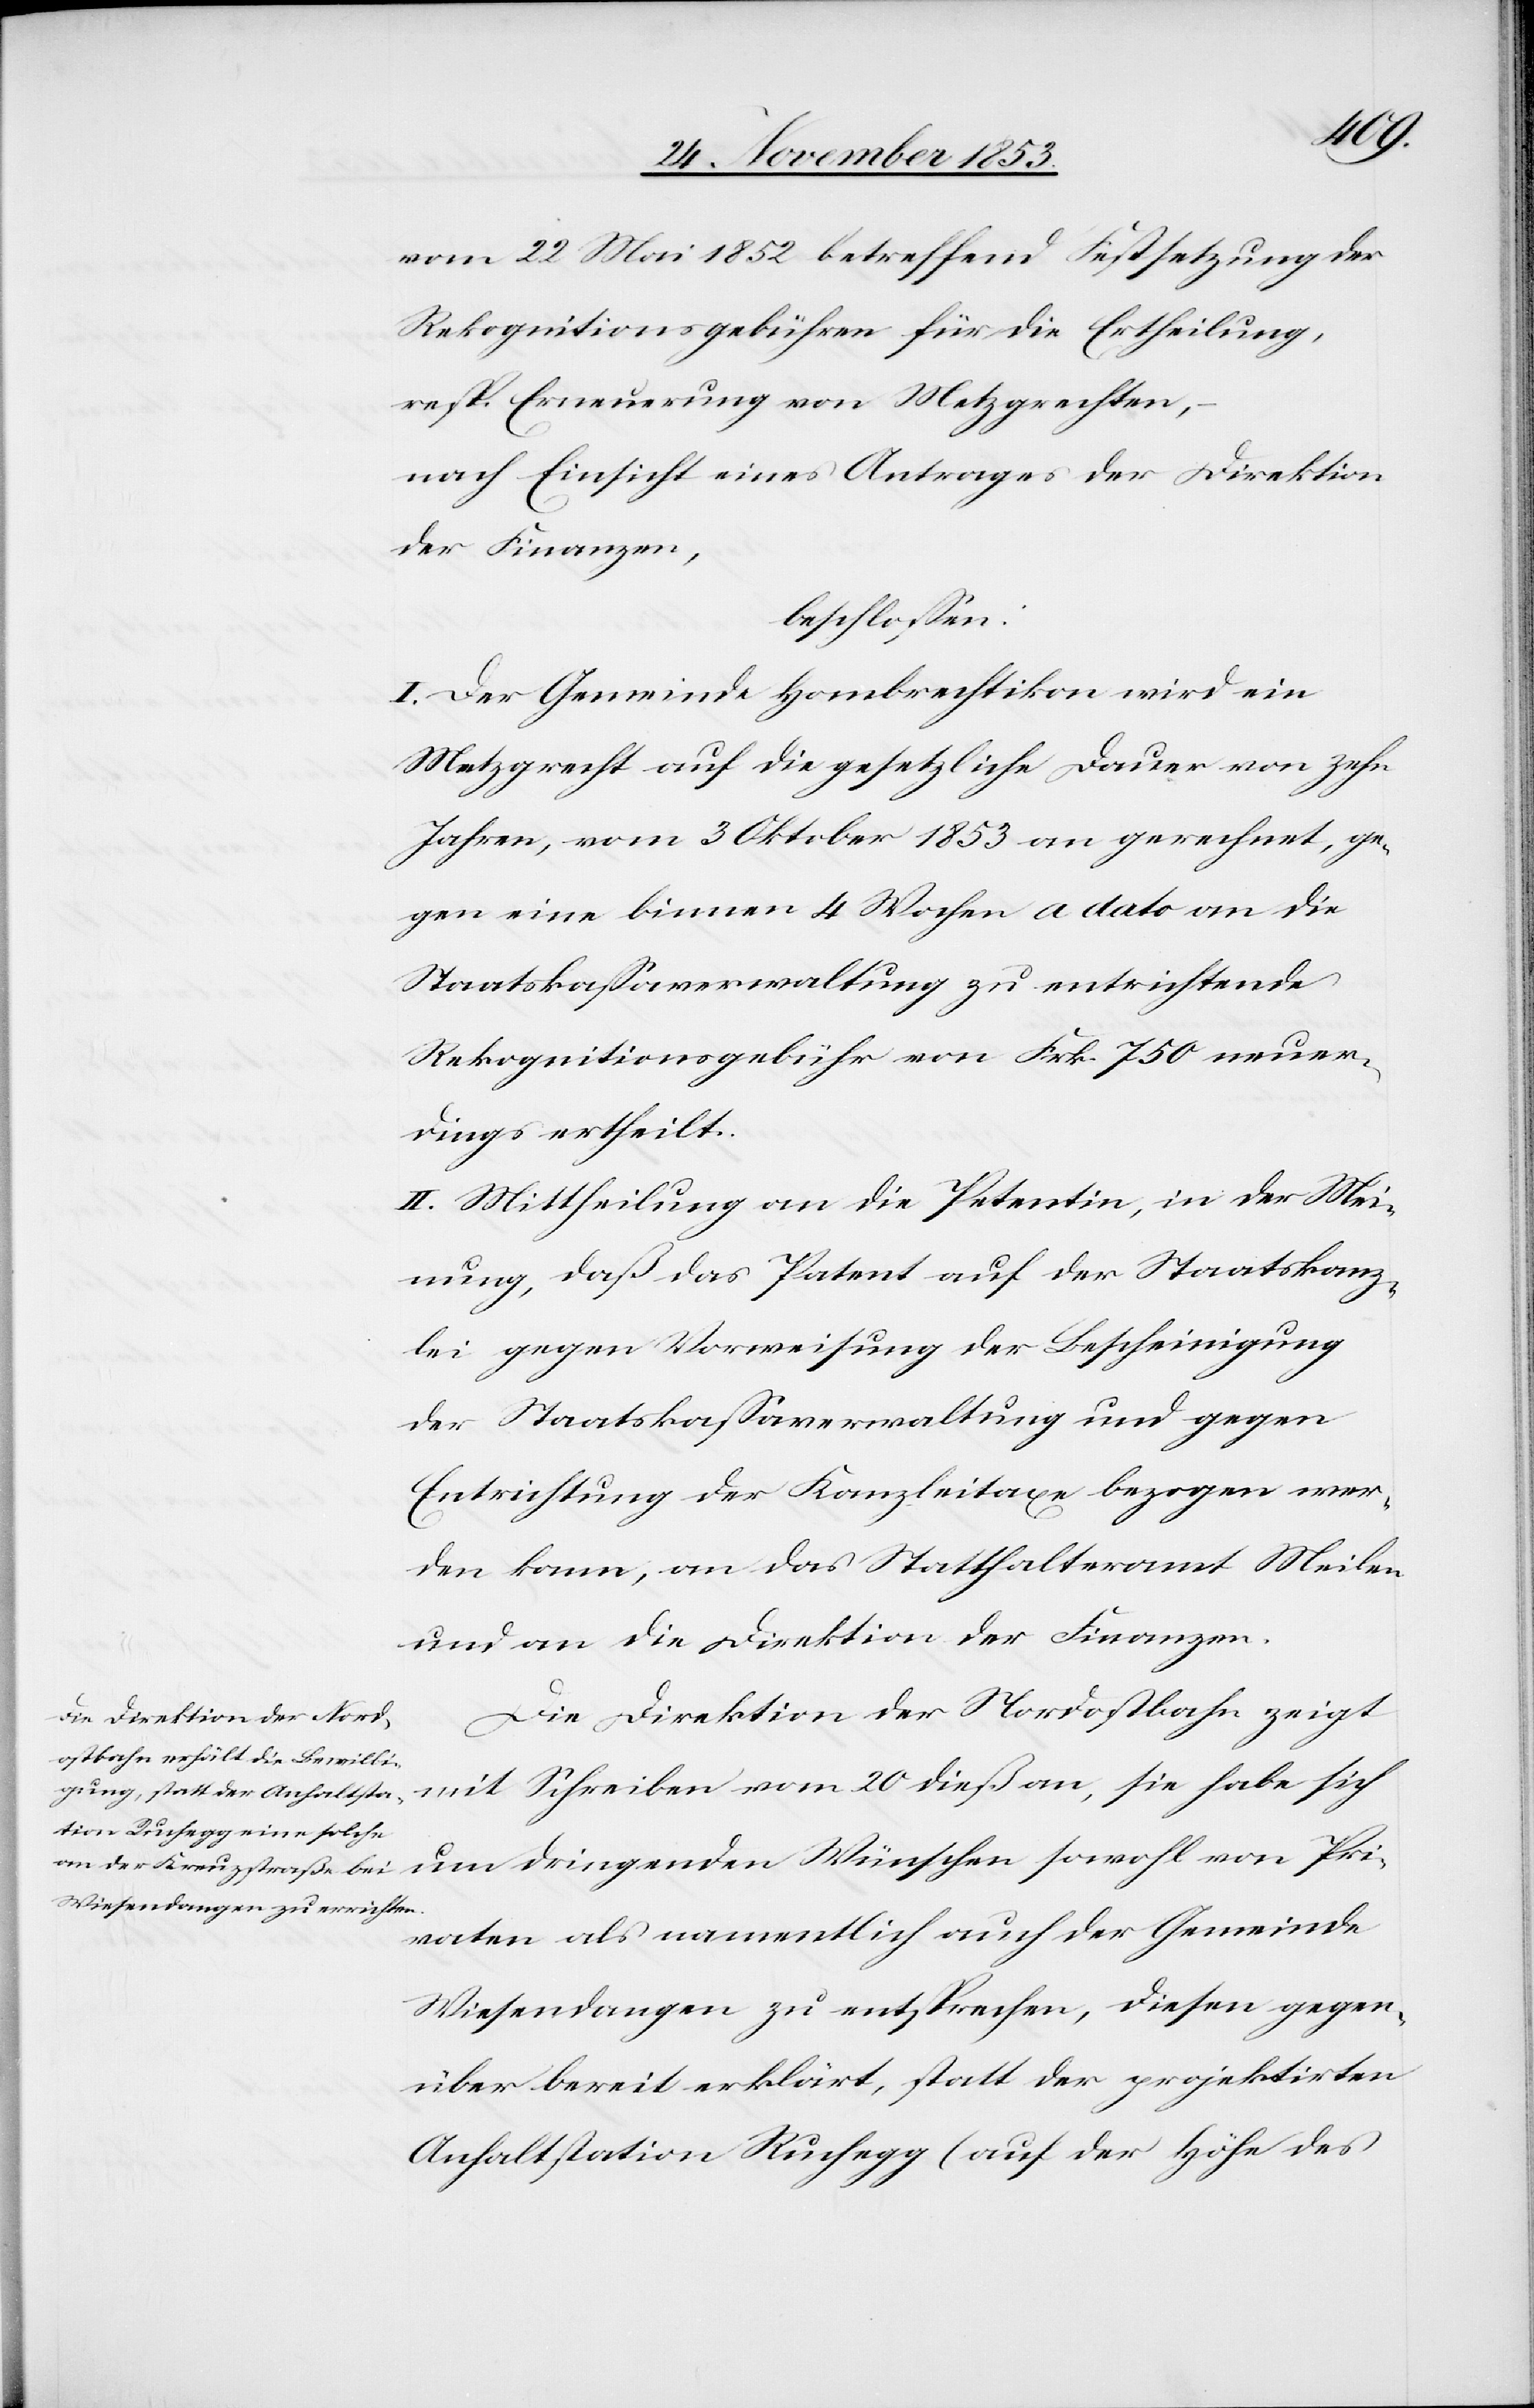
vom 22 Mai 1852 betreffend Festsetzung der
Rekognitionsgebühren für die Ertheilung
resp. Erneuerung von Metzgrechten,
nach Einsicht eines Antrages der Direktion
der Finanzen,
beschloßen:
I. Der Gemeinde Hombrechtikon wird ein
Metzgrecht auf die gesetzliche Dauer von zehn
Jahren, vom 3 Oktober 1853 an gerechnet, ge¬
gen eine binnen 4 Wochen a dato an die
Staatskaßaverwaltung zu entrichtende
Rekognitionsgebühr von Frk. 750 neuer¬
dings ertheilt.
II. Mittheilung an die Petentin, in der Mei¬
nung, daß das Patent auf der Staatskanz¬
lei gegen Vorweisung der Bescheinigung
der Staatskaßaverwaltung und gegen
Entrichtung der Kanzleitaxe bezogen wer¬
den kann, an das Statthalteramt Meilen
und an die Direktion der Finanzen.
Die Direktion der Nordostbahn zeigt
mit Schreiben vom 20 dieß an, sie habe sich
um dringenden Wünschen sowohl von Pri¬
vaten als namentlich auch der Gemeinde
Wiesendangen zu entsprechen, diesen gegen¬
über bereit erklärt, statt der projektirten
Anhaltstation Ruchegg (auf der Höhe des